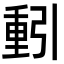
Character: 𮡕